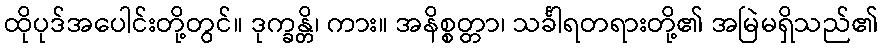
ထိုပုဒ်အပေါင်းတို့တွင်။ ဒုက္ခန္တိ၊ ကား။ အနိစ္စတ္တာ၊ သင်္ခါရတရားတို့၏ အမြဲမရှိသည်၏